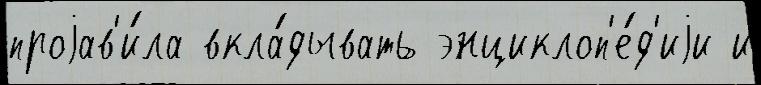
проjав'и́ла вкла́дывать энциклоп'е́д'иjи и